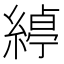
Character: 𮈱